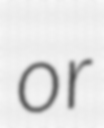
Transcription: or